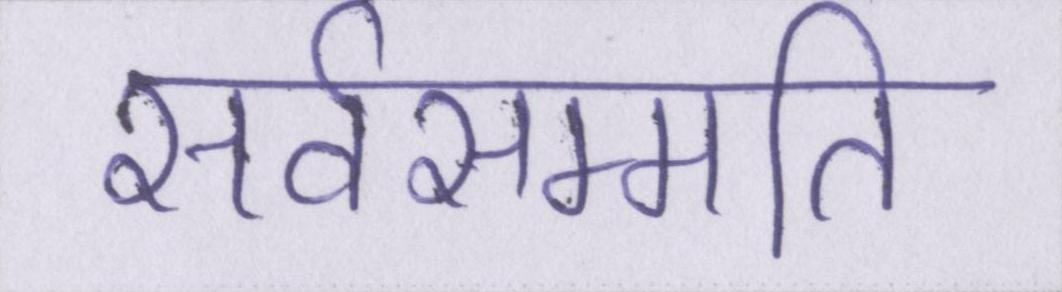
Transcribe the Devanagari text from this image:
सर्वसम्मति